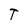
Character: T